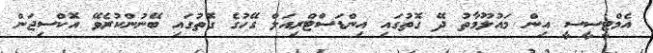
އެމްޓީސީސީ އިން މައުލޫމާތު ދޭ ގޮތުގައި އިންޑަސްޓްރިއަލް ގޭހުގެ ގޮތުގައި ބޭނުންކުރެވޭ އޮކްސިޖަން